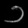
Digit: ၁